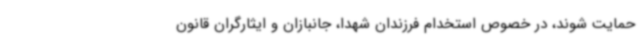
حمایت شوند، در خصوص استخدام فرزندان شهدا، جانبازان و ایثارگران قانون